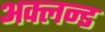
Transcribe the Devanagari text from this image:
अक्लन्ड